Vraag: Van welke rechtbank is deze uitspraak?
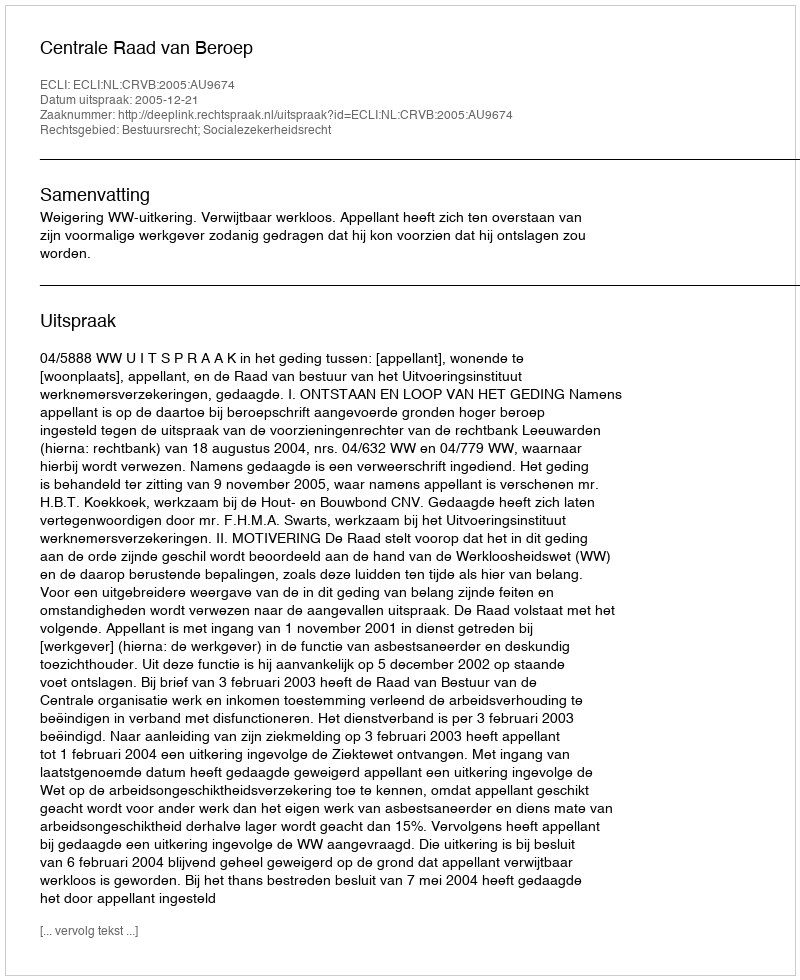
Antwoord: Centrale Raad van Beroep